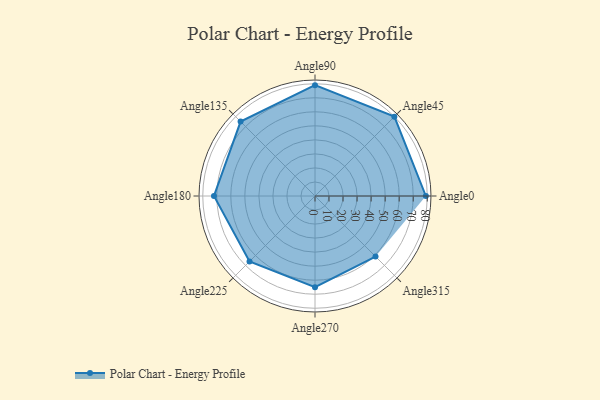
{"axis": {"x": "Angle", "y": "Radius"}, "legend": [""], "data": [{"x": "Angle0", "y": 79.0, "type": ""}, {"x": "Angle45", "y": 80.0, "type": ""}, {"x": "Angle90", "y": 79.0, "type": ""}, {"x": "Angle135", "y": 75.0, "type": ""}, {"x": "Angle180", "y": 72.0, "type": ""}, {"x": "Angle225", "y": 66.0, "type": ""}, {"x": "Angle270", "y": 65.0, "type": ""}, {"x": "Angle315", "y": 61.0, "type": ""}]}